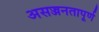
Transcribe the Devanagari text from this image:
असज्जनतापूर्ण